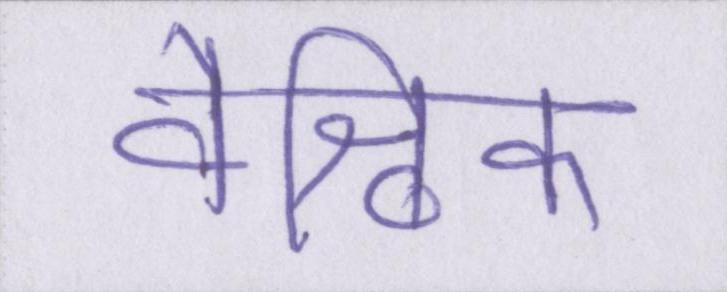
वैश्विक